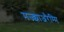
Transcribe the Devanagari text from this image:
मज्झाअरैम्मि